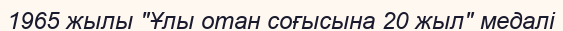
1965 жылы "Ұлы отан соғысына 20 жыл" медалі